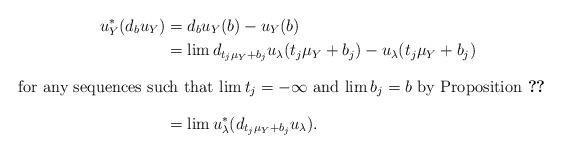
LaTeX: \begin{align*}u_Y^*(d_bu_Y) & = d_bu_Y(b)-u_Y(b) \\& = \lim d_{t_j \mu_Y+b_j}u_{\lambda}(t_j \mu_Y+b_j)-u_{\lambda}(t_j \mu_Y+b_j) \\\intertext{for any sequences such that $\lim t_j=-\infty$ and $\lim b_j=b$ by Proposition~\ref{prop_limits_to_facets}}& =\lim u_{\lambda}^*(d_{t_j \mu_Y+b_j}u_{\lambda}). \end{align*}